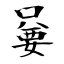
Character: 嘦